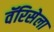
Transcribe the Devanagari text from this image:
वॅरिसेला